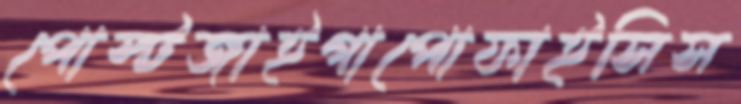
পোস্টজাইগাপোফাইসিস